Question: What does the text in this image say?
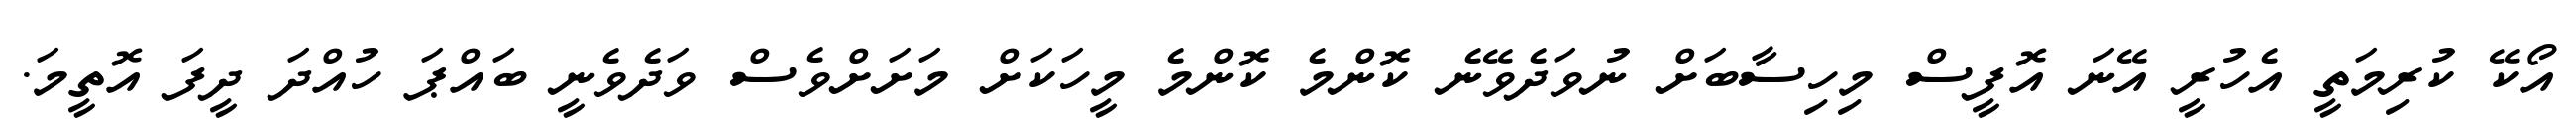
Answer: އޯކޭ ކުރިމަތީ އެހުރީ އޭނަ އޮފީސް މިހިސާބަށް ނުވަދެވޭނެ ކޮންމެ ކޮންމެ މީހަކަށް މަށަށްވެސް ވަދެވެނީ ބައްޕަ ހުއްދަ ދީފަ އޮތީމަ.